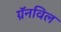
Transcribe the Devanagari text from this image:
ग्रॅनविल